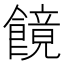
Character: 䭗